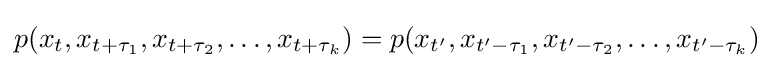
p(x_{t},x_{t+\tau _{1}},x_{t+\tau _{2}},\ldots ,x_{t+\tau _{k}})=p(x_{t'},x_{t'-\tau _{1}},x_{t'-\tau _{2}},\ldots ,x_{t'-\tau _{k}})